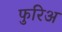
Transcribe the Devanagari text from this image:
फुरिअ